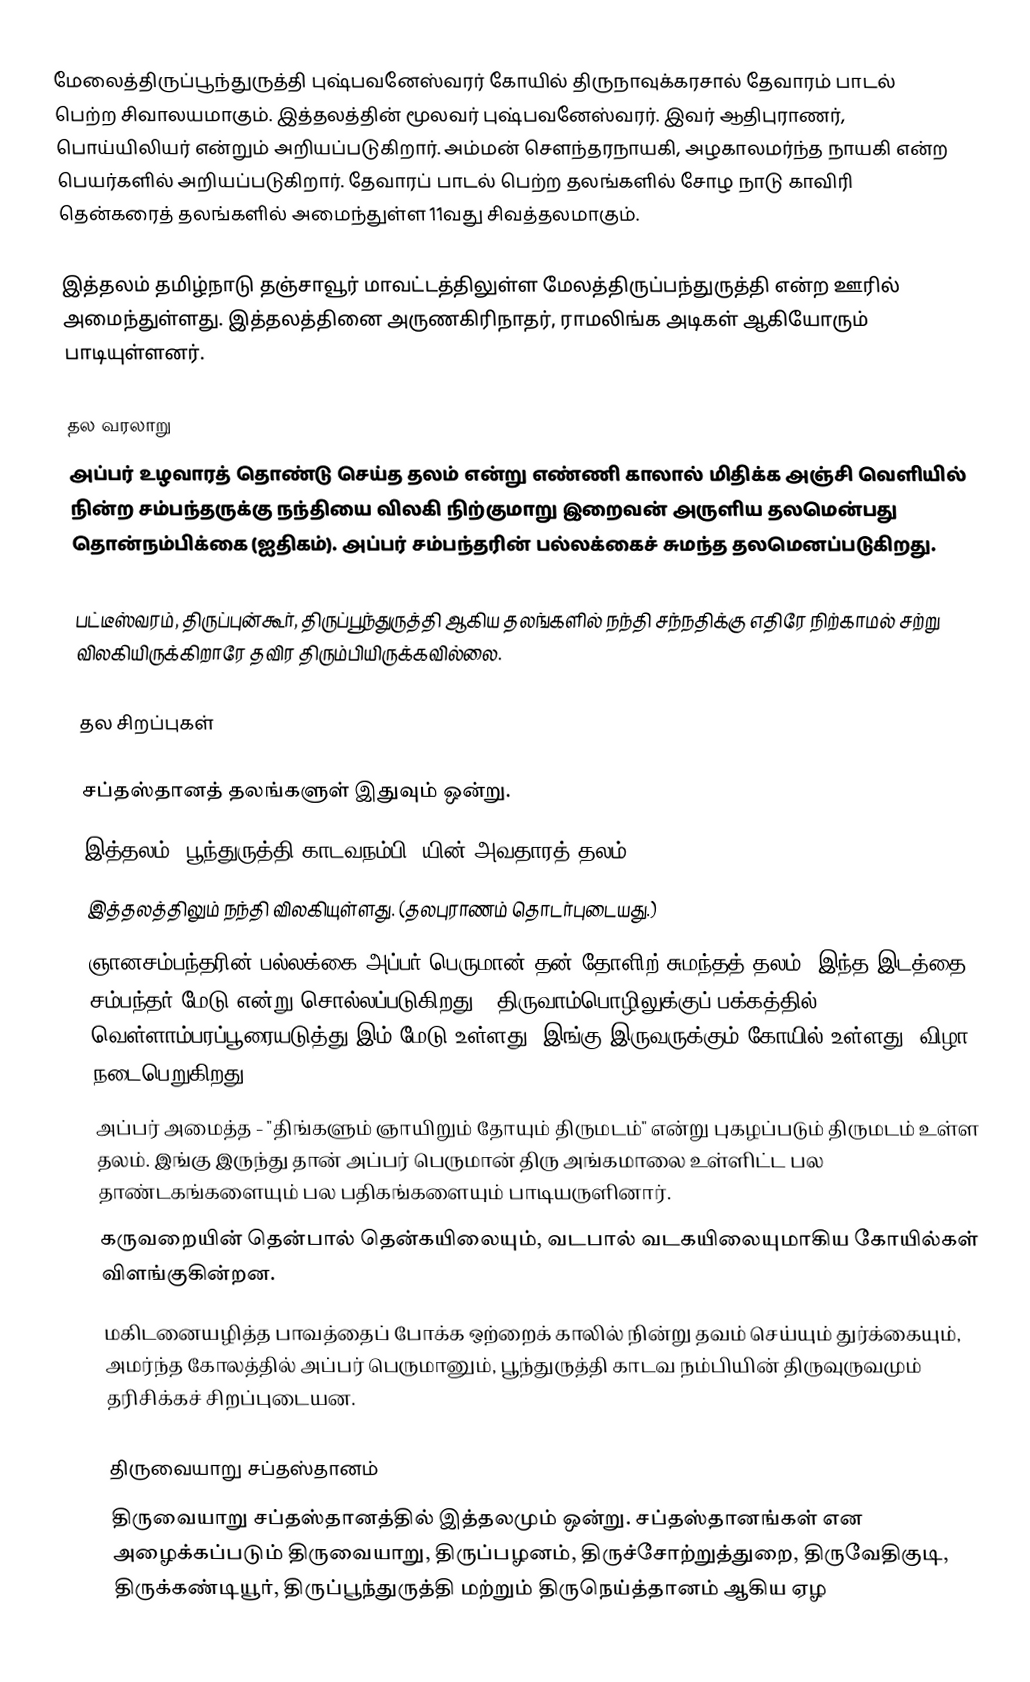
மேலைத்திருப்பூந்துருத்தி புஷ்பவனேஸ்வரர் கோயில் திருநாவுக்கரசால் தேவாரம் பாடல் பெற்ற சிவாலயமாகும். இத்தலத்தின் மூலவர் புஷ்பவனேஸ்வரர். இவர் ஆதிபுராணர், பொய்யிலியர் என்றும் அறியப்படுகிறார். அம்மன் சௌந்தரநாயகி, அழகாலமர்ந்த நாயகி என்ற பெயர்களில் அறியப்படுகிறார். தேவாரப் பாடல் பெற்ற தலங்களில் சோழ நாடு காவிரி தென்கரைத் தலங்களில் அமைந்துள்ள 11வது சிவத்தலமாகும்.

இத்தலம் தமிழ்நாடு தஞ்சாவூர் மாவட்டத்திலுள்ள மேலத்திருப்பந்துருத்தி என்ற ஊரில் அமைந்துள்ளது. இத்தலத்தினை அருணகிரிநாதர், ராமலிங்க அடிகள் ஆகியோரும் பாடியுள்ளனர்.

தல வரலாறு
அப்பர் உழவாரத் தொண்டு செய்த தலம் என்று எண்ணி காலால் மிதிக்க அஞ்சி வெளியில் நின்ற சம்பந்தருக்கு நந்தியை விலகி நிற்குமாறு இறைவன் அருளிய தலமென்பது தொன்நம்பிக்கை (ஐதிகம்). அப்பர் சம்பந்தரின் பல்லக்கைச் சுமந்த தலமெனப்படுகிறது.

பட்டீஸ்வரம், திருப்புன்கூர், திருப்பூந்துருத்தி ஆகிய தலங்களில் நந்தி சந்நதிக்கு எதிரே நிற்காமல் சற்று விலகியிருக்கிறாரே தவிர திரும்பியிருக்கவில்லை.

தல சிறப்புகள்

 சப்தஸ்தானத் தலங்களுள் இதுவும் ஒன்று.
 இத்தலம் "பூந்துருத்தி காடவநம்பி "யின் அவதாரத் தலம்.
 இத்தலத்திலும் நந்தி விலகியுள்ளது. (தலபுராணம் தொடர்புடையது.)
ஞானசம்பந்தரின் பல்லக்கை அப்பர் பெருமான் தன் தோளிற் சுமந்தத் தலம். இந்த இடத்தை சம்பந்தர் மேடு என்று சொல்லப்படுகிறது. (திருவாம்பொழிலுக்குப் பக்கத்தில் வெள்ளாம்பரப்பூரையடுத்து இம் மேடு உள்ளது. இங்கு இருவருக்கும் கோயில் உள்ளது, விழா நடைபெறுகிறது.)
அப்பர் அமைத்த - "திங்களும் ஞாயிறும் தோயும் திருமடம்" என்று புகழப்படும் திருமடம் உள்ள தலம். இங்கு இருந்து தான் அப்பர் பெருமான் திரு அங்கமாலை உள்ளிட்ட பல தாண்டகங்களையும் பல பதிகங்களையும் பாடியருளினார்.
கருவறையின் தென்பால் தென்கயிலையும், வடபால் வடகயிலையுமாகிய கோயில்கள் விளங்குகின்றன.
மகிடனையழித்த பாவத்தைப் போக்க ஒற்றைக் காலில் நின்று தவம் செய்யும் துர்க்கையும், அமர்ந்த கோலத்தில் அப்பர் பெருமானும், பூந்துருத்தி காடவ நம்பியின் திருவுருவமும் தரிசிக்கச் சிறப்புடையன.

திருவையாறு சப்தஸ்தானம்
திருவையாறு சப்தஸ்தானத்தில் இத்தலமும் ஒன்று. சப்தஸ்தானங்கள் என அழைக்கப்படும் திருவையாறு, திருப்பழனம், திருச்சோற்றுத்துறை, திருவேதிகுடி, திருக்கண்டியூர், திருப்பூந்துருத்தி மற்றும் திருநெய்த்தானம் ஆகிய ஏழ